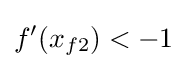
f'(x_{f2})<-1